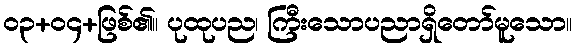
၀၃+၀၄+ဖြစ်၏။ ပုထုပည၊ ကြီးသောပညာရှိတော်မူသော။